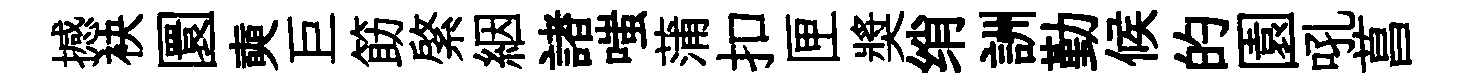
撼袂圜奭巨筯綮絪諸嗤蒲扣匣奬绡詶勤候的園吼菖